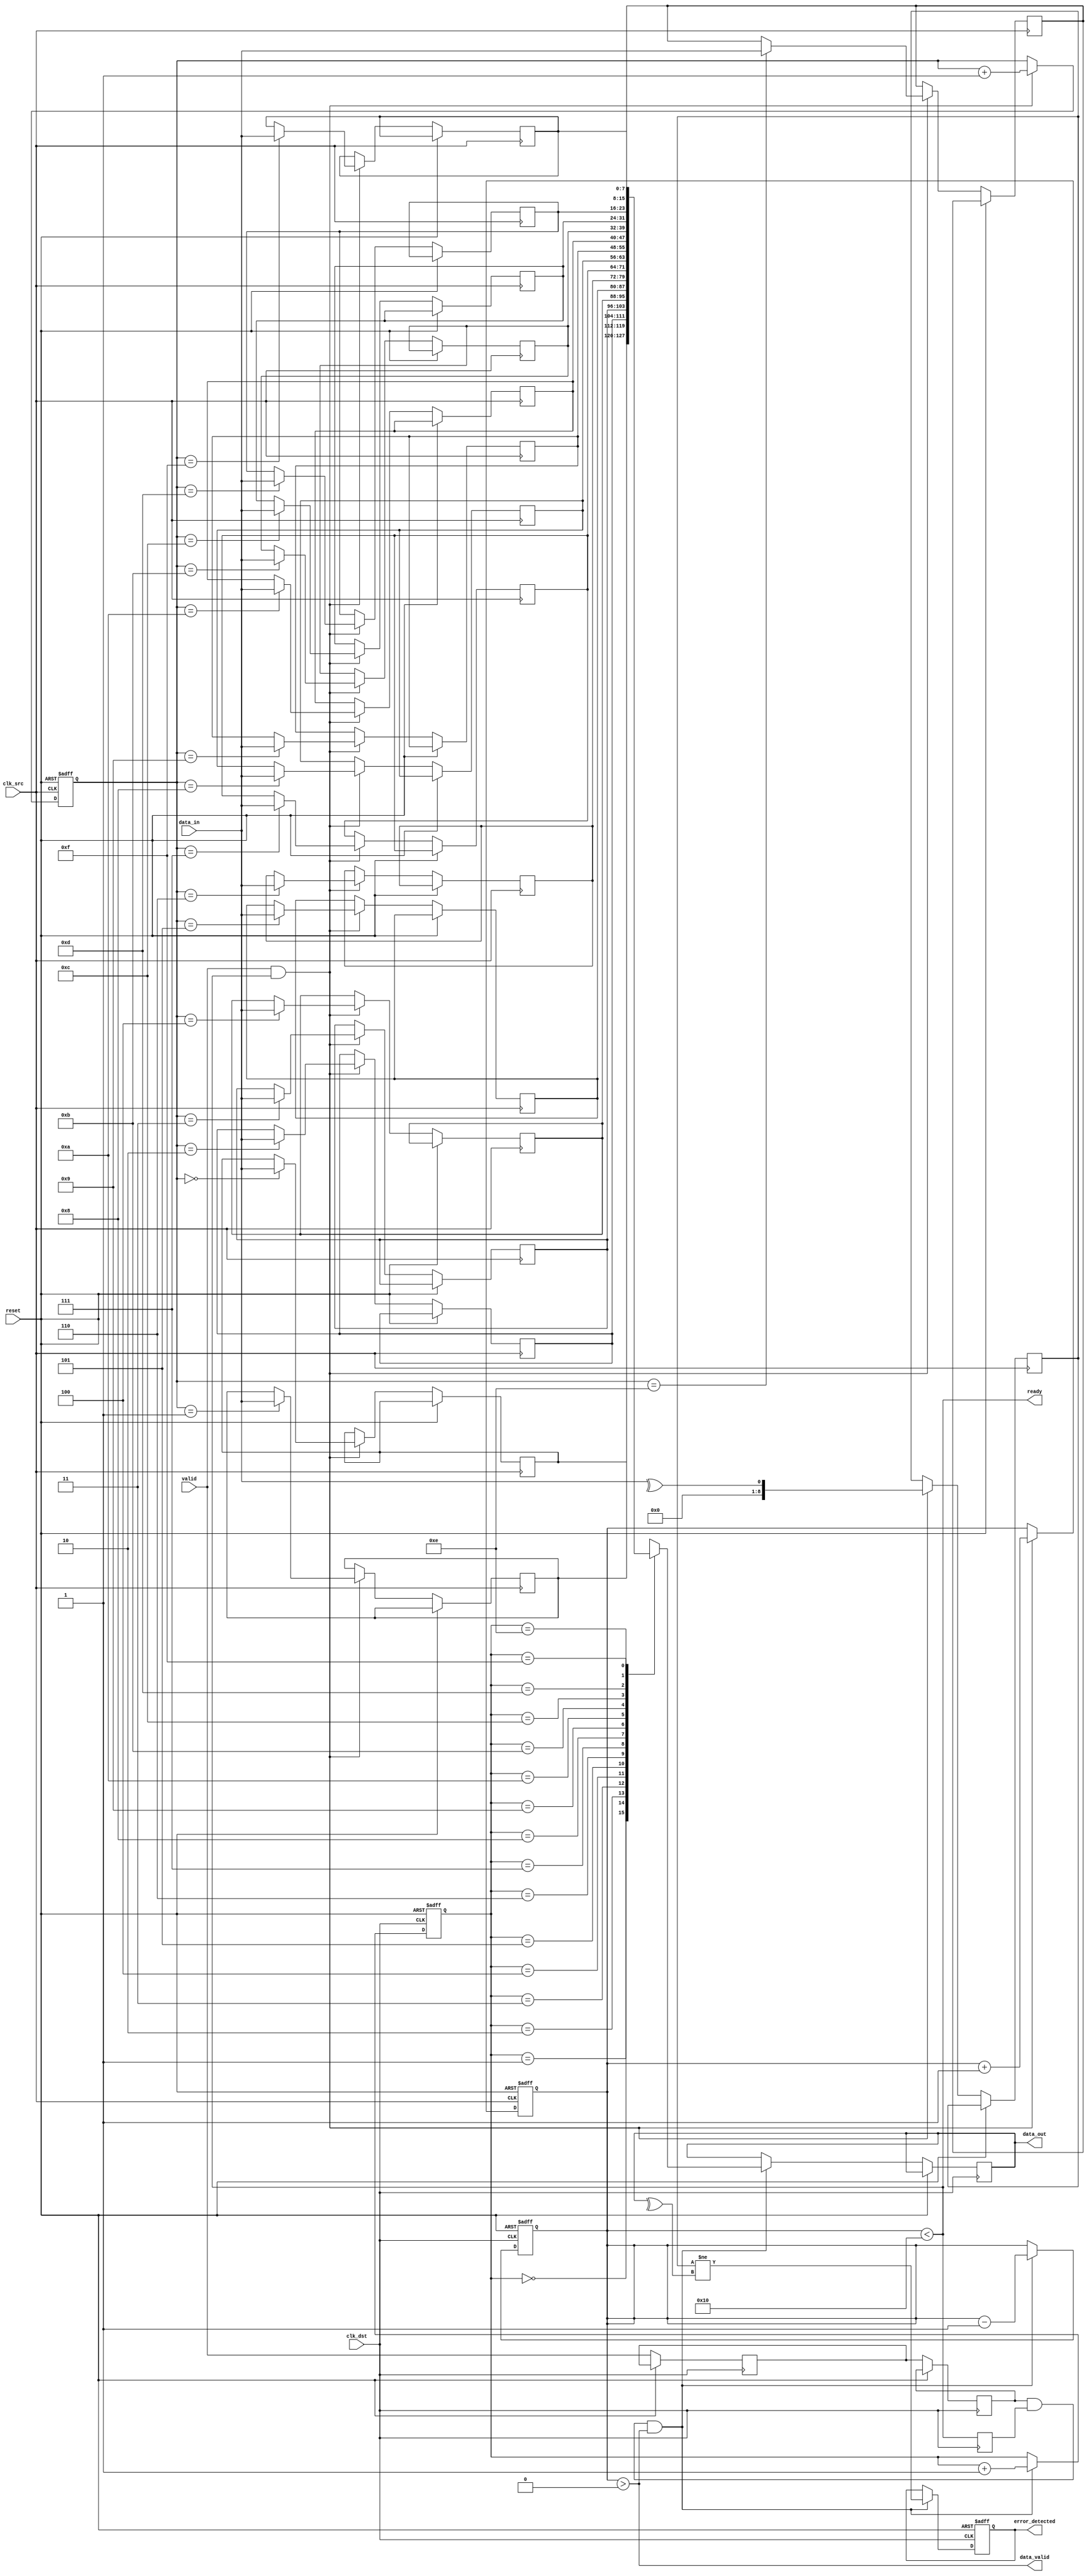
module cdc_memory_block (
    input wire clk_src,            // Source clock
    input wire clk_dst,            // Destination clock
    input wire reset,              // Asynchronous reset
    input wire [7:0] data_in,      // Data input from source
    input wire valid,              // Valid signal from source
    output wire ready,             // Ready signal for source
    output wire [7:0] data_out,    // Data output to destination
    output wire data_valid,        // Indicates valid data present
    output wire error_detected     // Indicates error in data transfer
);

    // FIFO Buffer parameters
    localparam FIFO_DEPTH = 16;
    reg [7:0] fifo [0:FIFO_DEPTH-1];
    reg [3:0] write_ptr, read_ptr;
    reg [3:0] fifo_count;

    // Handshaking signals
    reg read_ready; // Local ready signal for destination
    reg valid_sync1, valid_sync2; // Synchronizers for valid signal

    // Error detection signals
    reg [8:0] parity_bit; // Parity bit for error detection
    reg error_flag;
    
    // Write Logic in Source Domain
    always @(posedge clk_src or posedge reset) begin
        if (reset) begin
            write_ptr <= 0;
            fifo_count <= 0;
        end else if (valid && (fifo_count < FIFO_DEPTH)) begin
            fifo[write_ptr] <= data_in;
            parity_bit <= ^data_in; // Calculate parity for the data
            write_ptr <= write_ptr + 1;
            fifo_count <= fifo_count + 1;
        end
    end

    // Read Logic in Destination Domain
    always @(posedge clk_dst or posedge reset) begin
        if (reset) begin
            read_ptr <= 0;
            fifo_count <= 0;
            error_flag <= 0;
        end else begin
            // Synchronize the valid signal
            valid_sync1 <= valid;
            valid_sync2 <= valid_sync1;

            // Check for valid data and ready signal
            if (valid_sync2 && read_ready && (fifo_count > 0)) begin
                data_out <= fifo[read_ptr];
                // Check parity
                error_flag <= (parity_bit != ^data_out); // Compare received parity with calculated parity
                read_ptr <= read_ptr + 1;
                fifo_count <= fifo_count - 1;
            end
        end
    end

    // Ready signal logic
    assign ready = (fifo_count < FIFO_DEPTH);

    // Status Indicators
    assign data_valid = (fifo_count > 0);
    assign error_detected = error_flag;

    // Initialize ready signal
    always @(posedge clk_dst) begin
        read_ready <= ready;
    end

endmodule